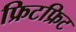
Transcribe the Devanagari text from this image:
फ्रिटफ्रिट